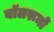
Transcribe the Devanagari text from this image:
बॉलरूमों